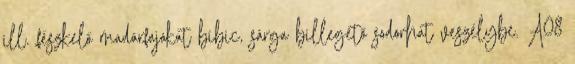
ill. fészkelő madárfajokat bíbic, sárga billegető sodorhat veszélybe. A08